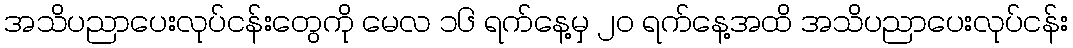
အသိပညာပေးလုပ်ငန်းတွေကို မေလ ၁၆ ရက်နေ့မှ ၂၀ ရက်နေ့အထိ အသိပညာပေးလုပ်ငန်း